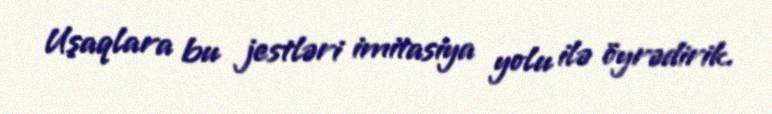
Uşaqlara bu jestləri imitasiya yolu ilə öyrədirik.